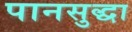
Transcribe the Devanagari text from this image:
पानसुद्धा